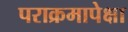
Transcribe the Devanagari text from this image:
पराक्रमापेक्षा